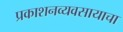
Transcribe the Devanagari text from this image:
प्रकाशनव्यवसायाचा